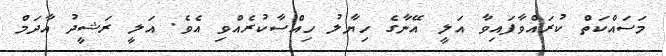
މަސައްކަތް ކުރައްވާފައިވާ އަލީ އޭނާގެ ހިޔާލު ހިއްސާކުރެއްވި އެވެ. އަލީ ރަޝީދު އާދަމް